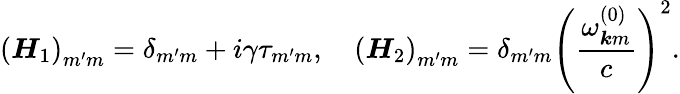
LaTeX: \left(\boldsymbol{H}_{1}\right)_{m^{\prime}m}=\delta_{m^{\prime}m}+i\gamma\tau_{m^{\prime}m},\quad\left(\boldsymbol{H}_{2}\right)_{m^{\prime}m}=\delta_{m^{\prime}m}\left(\frac{\omega_{\boldsymbol{k}m}^{(0)}}{c}\right)^{2}.